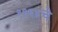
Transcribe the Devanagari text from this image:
१९६४चे